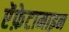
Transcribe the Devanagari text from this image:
ऐंफ़ेटामाइन